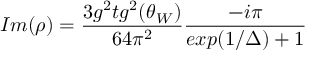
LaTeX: I m ( \rho ) = \frac { 3 g ^ { 2 } t g ^ { 2 } ( \theta _ { W } ) } { 6 4 \pi ^ { 2 } } \frac { - i \pi } { e x p ( 1 / \Delta ) + 1 }